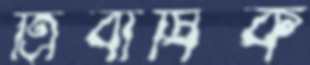
ত্রিবার্ষিক